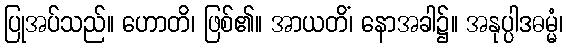
ပြုအပ်သည်။ ဟောတိ၊ ဖြစ်၏။ အာယတိံ၊ နောအခါ၌။ အနုပ္ပါဒဓမ္မံ၊